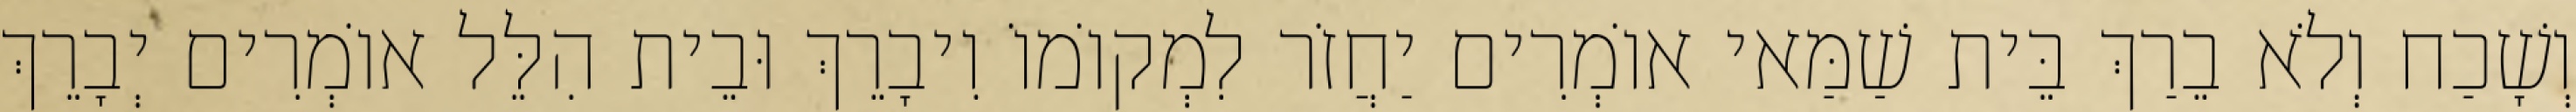
וְשָׁכַח וְלֹא בֵרַךְ בֵּית שַׁמַּאי אוֹמְרִים יַחֲזֹר לִמְקוֹמוֹ וִיבָרֵךְ וּבֵית הִלֵּל אוֹמְרִים יְבָרֵךְ